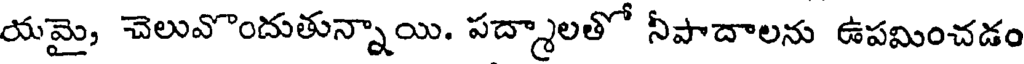
యమై, చెలువొందుతున్నాయి. పద్మాలతో నీపాదాలను ఉపమించడం